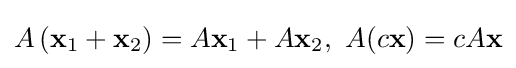
{\textstyle A\left(\mathbf {x} _{1}+\mathbf {x} _{2}\right)=A\mathbf {x} _{1}+A\mathbf {x} _{2},\ A(c\mathbf {x} )=cA\mathbf {x} }